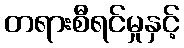
တရားစီရင်မှုနှင့်